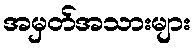
အမှတ်အသားများ